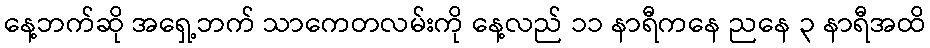
နေ့ဘက်ဆို အရှေ့ဘက် သာကေတလမ်းကို နေ့လည် ၁၁ နာရီကနေ ညနေ ၃ နာရီအထိ